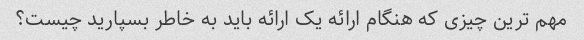
مهم ترین چیزی که هنگام ارائه یک ارائه باید به خاطر بسپارید چیست؟